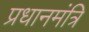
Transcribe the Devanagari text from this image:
प्रधानमंत्रि